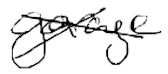
Text: garage
Cross-out: cross
Writing tool: digital_black